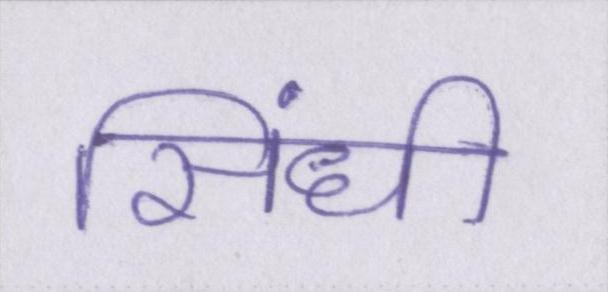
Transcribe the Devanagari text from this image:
सिंधी